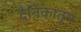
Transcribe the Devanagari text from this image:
दैनिकांतून